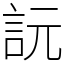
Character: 䛃